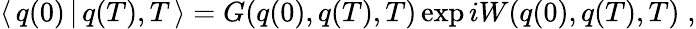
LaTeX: \langle\, q(0)\, |\, q(T),T\, \rangle=G(q(0),q(T),T)\exp iW(q(0),q(T),T)\; ,